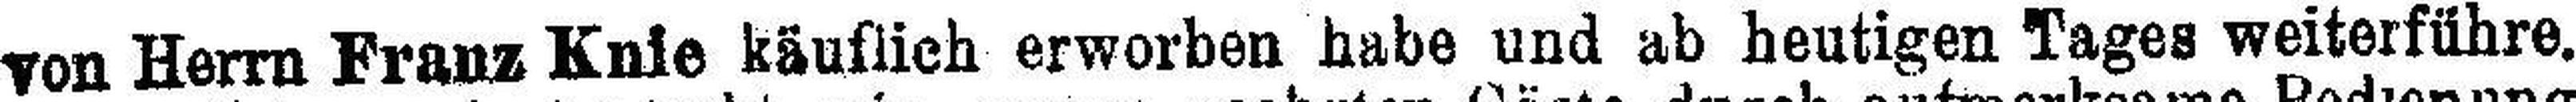
von Herrn Franz Knie käuflich erworben habe und ab heutigen Tages weiterführe.